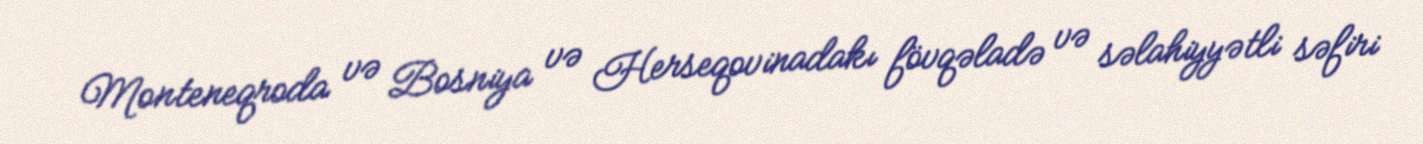
Monteneqroda və Bosniya və Herseqovinadakı fövqəladə və səlahiyyətli səfiri